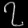
Digit: ၇